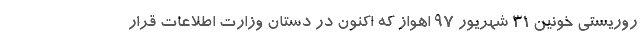
روریستی خونین ۳۱ شهریور ۹۷ اهواز که اکنون در دستان وزارت اطلاعات قرار